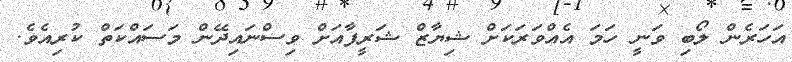
އަހަރެން ލޯބި ވަނީ ހަމަ އެއްވަރަކަށް ޝިޔާޒް ޝަރީފާއަށް ވިސްނައިދޭން މަސައްކަތް ކުރިއެވެ.